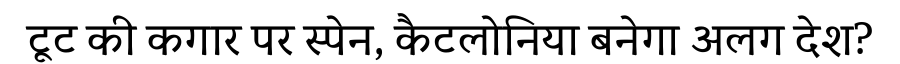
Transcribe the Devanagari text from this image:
टूट की कगार पर स्पेन, कैटलोनिया बनेगा अलग देश?